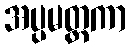
အပ္ပမတ္တကာ